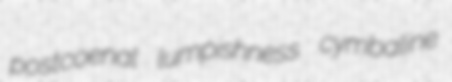
postcoenal lumpishness cymbaline